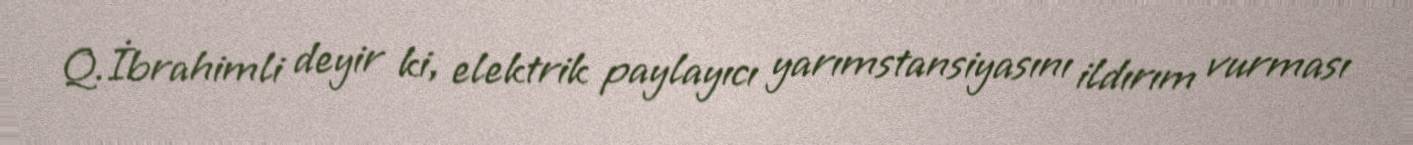
Q.İbrahimli deyir ki, elektrik paylayıcı yarımstansiyasını ildırım vurması